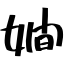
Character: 嫺